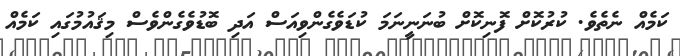
ކަމެއް ނެތެވެ. ކުރުކޮށް ފޮނިކޮށް ބުނަނީނަމަ ކުޑަވެގެންވިއަސް އަދި ބޮޑުވެގެންވެސް މިޤައުމުގައި ކަމެއް